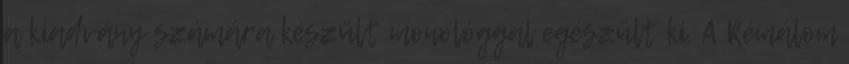
a kiadvány számára készült monológgal egészült ki. A Rémálom